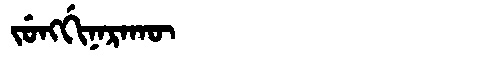
Manchu: ᠵᡠᠩᡤᡳᠨᠠᡵᠠᡴᡡ
Romanization: JUNGGINARAKŪ